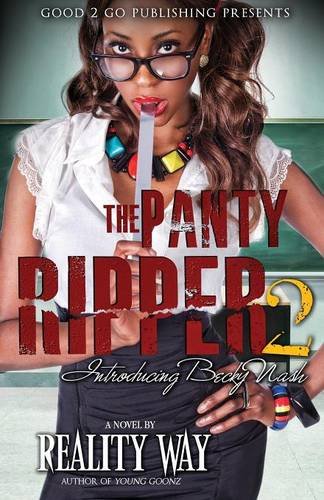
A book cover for The Panty Ripper 2: Introducing Becky Nash; Reality Way; Romance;